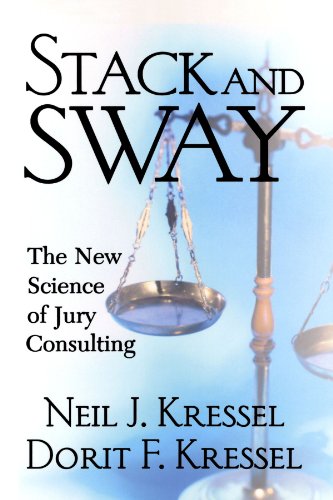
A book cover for Stack And Sway: The New Science Of Jury Consulting; Neil Kressel; Law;